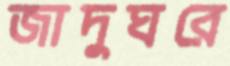
জাদুঘরে